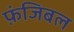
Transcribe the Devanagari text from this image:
फ़ंजिबल